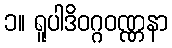
၁။ ရူပါဒိဝဂ္ဂဝဏ္ဏနာ